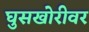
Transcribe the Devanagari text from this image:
घुसखोरीवर